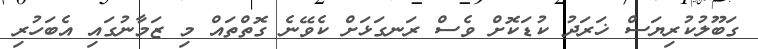
ގަބޫލުކުރިޔަސް ޚަރަދު ކުޑަކޮށް ވެސް ރަނގަޅަށް ކެވޭނެ ގޮތްތައް މި ޒަމާނުގައި އެބަހުރި